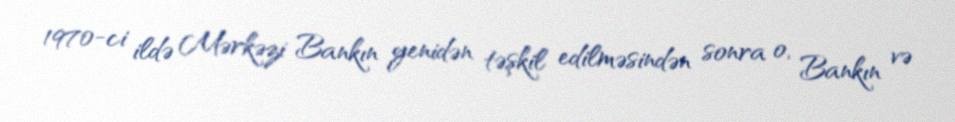
1970-ci ildə Mərkəzi Bankın yenidən təşkil edilməsindən sonra o, Bankın və